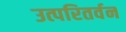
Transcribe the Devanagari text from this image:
उत्परितर्वन